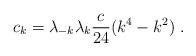
LaTeX: \begin{align*}c_k=\lambda_{-k}\lambda_k{c\over24}(k^4-k^2) \ .\end{align*}